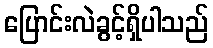
ပြောင်းလဲခွင့်ရှိပါသည်